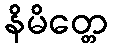
နိမိတ္တေ